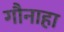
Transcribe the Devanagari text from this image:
गौनाहा